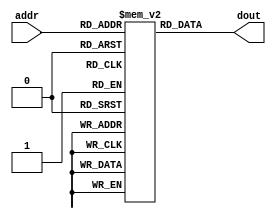
module im_4k( addr, dout );
    
    input [6:0] addr;
    output [31:0] dout;
    reg [31:0] imem[2047:0];
    reg [31:0] tempDout;
    always@(addr)
    begin
        tempDout = imem[addr];
    end
    assign dout=tempDout;
    
endmodule